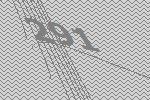
291